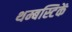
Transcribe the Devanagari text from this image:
थम्बस्टिकें